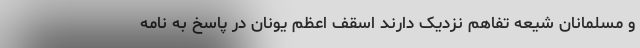
و مسلمانان شیعه تفاهم نزدیک دارند اسقف اعظم یونان در پاسخ به نامه